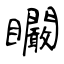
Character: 矙